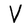
Character: V